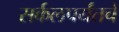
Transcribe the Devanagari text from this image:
सर्कलपर्यंतचे